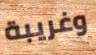
وغريبة